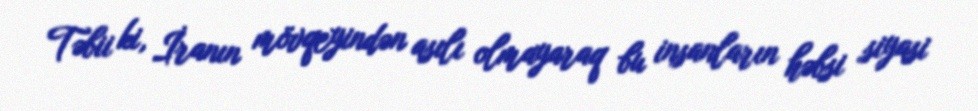
Təbii ki, İranın mövqeyindən asılı olmayaraq bu insanların həbsi siyasi